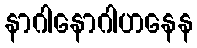
နာဂါနောဂါဟနေန